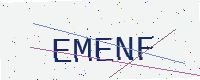
Text: EMENF